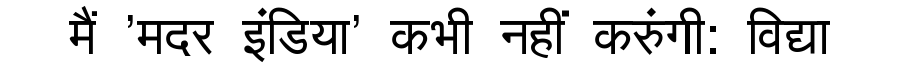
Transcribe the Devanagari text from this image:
मैं 'मदर इंडिया' कभी नहीं करुंगी: विद्या